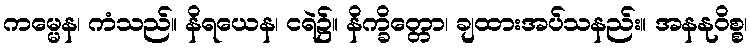
ကမ္မေန၊ ကံသည်။ နိရယေန၊ ငရဲ၌။ နိက္ခိတ္တော၊ ချထားအပ်သနည်း။ အနနုဝိစ္စ၊